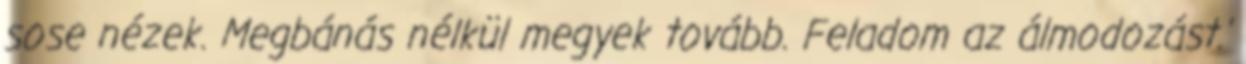
sose nézek. Megbánás nélkül megyek tovább. Feladom az álmodozást.'